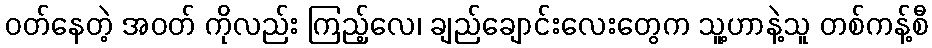
ဝတ်နေတဲ့ အဝတ် ကိုလည်း ကြည့်လေ၊ ချည်ချောင်းလေးတွေက သူ့ဟာနဲ့သူ တစ်ကန့်စီ